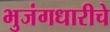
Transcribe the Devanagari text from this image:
भुजंगधारीचे